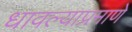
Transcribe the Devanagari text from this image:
धावल्याप्रमाणे